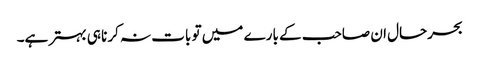
بحرحال ان صاحب کے بارے میں تو بات نہ کرنا ہی بہتر ہے۔